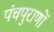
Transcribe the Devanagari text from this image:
पंचपुराणों